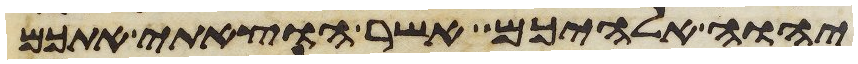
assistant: יהוה אלהיכם אשר הוצאתי אתכם